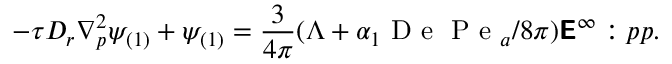
- \tau D _ { r } \nabla _ { p } ^ { 2 } \psi _ { ( 1 ) } + \psi _ { ( 1 ) } = \frac { 3 } { 4 \pi } ( \Lambda + \alpha _ { 1 } \mathrm { ~ D ~ e ~ } \mathrm { ~ P ~ e ~ } _ { a } / 8 \pi ) \boldsymbol { \mathsf { E } } ^ { \infty } : \boldsymbol { p p } .